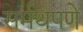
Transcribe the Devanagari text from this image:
सर्मथपणे